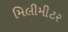
મિલીમીટર